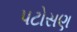
પટોસણ